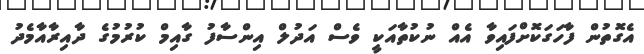
އެގޮތުން ފާހަގަކޮށްފައިވާ އެއް ނުކުތާއަކީ ވެސް އަދުލް އިންސާފު ގާއިމް ކުރުމުގެ ދާއިރާއާމެދު